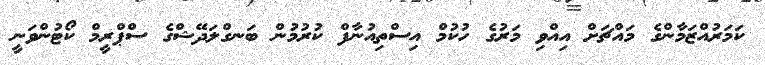
ކަމަރުއްޒަމާންގެ މައްޗަށް އިއްވި މަރުގެ ހުކުމް އިސްތިއުނާފް ކުރުމުން ބަނގްލަދޭޝްގެ ސްޕްރީމް ކޯޓުންވަނީ